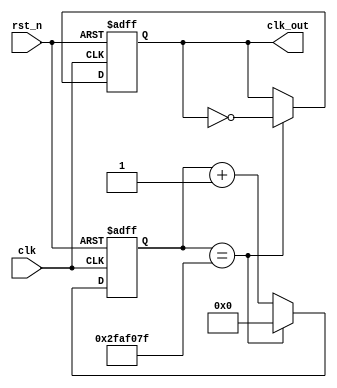
`timescale 1ns / 1ps
//////////////////////////////////////////////////////////////////////////////////
// Company: 
// Engineer: 
// 
// Design Name: 
// Module Name: clock_div
// Project Name: 
// Target Devices: 
// Tool Versions: 
// Description: 
// 
// Dependencies: 
// 
// Revision:
// Revision 0.01 - File Created
// Additional Comments:
// 
//////////////////////////////////////////////////////////////////////////////////


module clock_div(   // 1Hz
    input clk,
    input rst_n,
    output reg clk_out
    );
    reg [25:0]cnt;
    parameter cnts = 100_000_000;
    always@(posedge clk,negedge rst_n)
    begin
        if(~rst_n)
        begin
            cnt <= 0;
            clk_out <= 0;
        end
        else if(cnt == (cnts>>1)-1)
        begin
            cnt <= 0;
            clk_out <= ~clk_out;
        end
        else
            cnt <= cnt + 1;
    end
endmodule